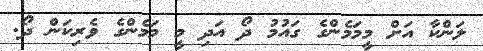
ލަންކާ އަށް މީމަމެންގެ ގައުމު ދޯ އަދި މީ މަމެންގެ ވެރިކަން ދޯ.